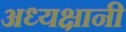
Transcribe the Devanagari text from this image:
अध्यक्षानी